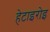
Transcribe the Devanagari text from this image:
हेटाइरोइ